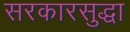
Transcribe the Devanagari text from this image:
सरकारसुद्धा